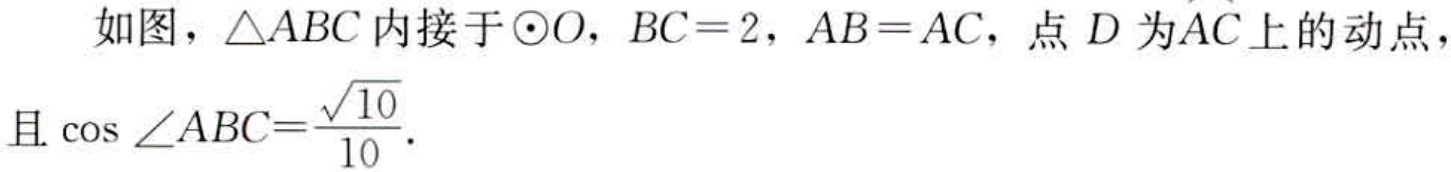
如图，\(\triangle ABC\)内接于\(\odot O\)，\(BC = 2\)，\(AB = AC\)，点 \(D\) 为\(AC\)上的动点，且\(\cos\angle ABC=\frac{\sqrt{10}}{10}\)。